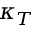
\kappa _ { T }